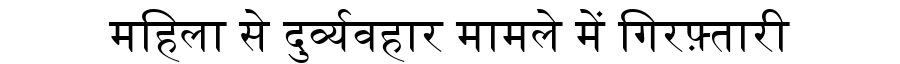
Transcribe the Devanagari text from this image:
महिला से दुर्व्यवहार मामले में गिरफ़्तारी